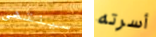
سينتهى أسرته